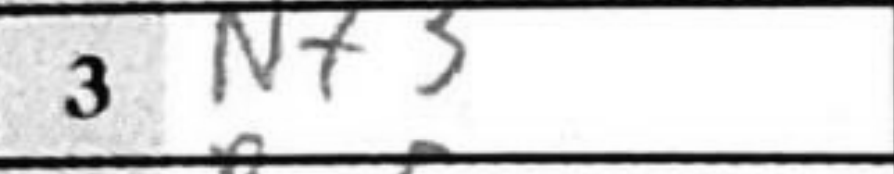
Transcription: Nf3